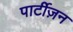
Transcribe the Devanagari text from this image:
पार्टीज़न